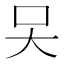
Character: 㕦